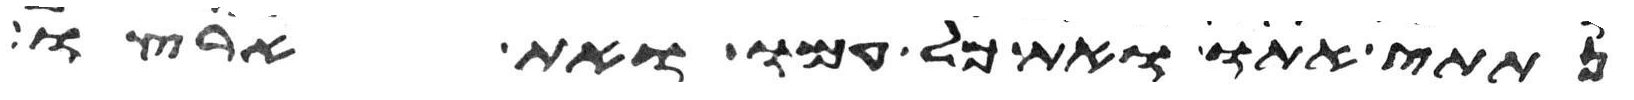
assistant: נתתי אתו ואת כל עמו ואת ארצו